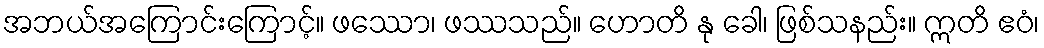
အဘယ်အကြောင်းကြောင့်။ ဖဿော၊ ဖဿသည်။ ဟောတိ နု ခေါ၊ ဖြစ်သနည်း။ ဣတိ ဧဝံ၊